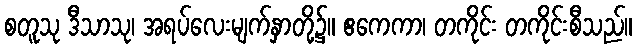
စတူသု ဒီသာသု၊ အရပ်လေးမျက်နှာတို့၌။ ဧကေကာ၊ တကိုင်း တကိုင်းစီသည်။